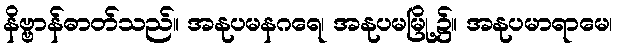
နိဗ္ဗာန်ဓာတ်သည်။ အနုပမနဂရေ၊ အနုပမမြို့၌။ အနုပမာရာမေ၊